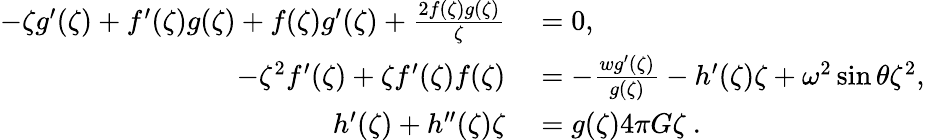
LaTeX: \begin{array}{rl}{-\zeta g^{\prime}(\zeta)+f^{\prime}(\zeta)g(\zeta)+f(\zeta)g^{\prime}(\zeta)+\frac{2f(\zeta)g(\zeta)}{\zeta}}&{{}=0,}\\ {-\zeta^{2}f^{\prime}(\zeta)+\zeta f^{\prime}(\zeta)f(\zeta)}&{{}=-\frac{wg^{\prime}(\zeta)}{g(\zeta)}-h^{\prime}(\zeta)\zeta+\omega^{2}\sin\theta\zeta^{2},}\\ {h^{\prime}(\zeta)+h^{\prime\prime}(\zeta)\zeta}&{{}=g(\zeta)4\pi G\zeta\ .}\end{array}